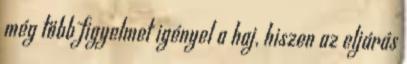
még több figyelmet igényel a haj, hiszen az eljárás